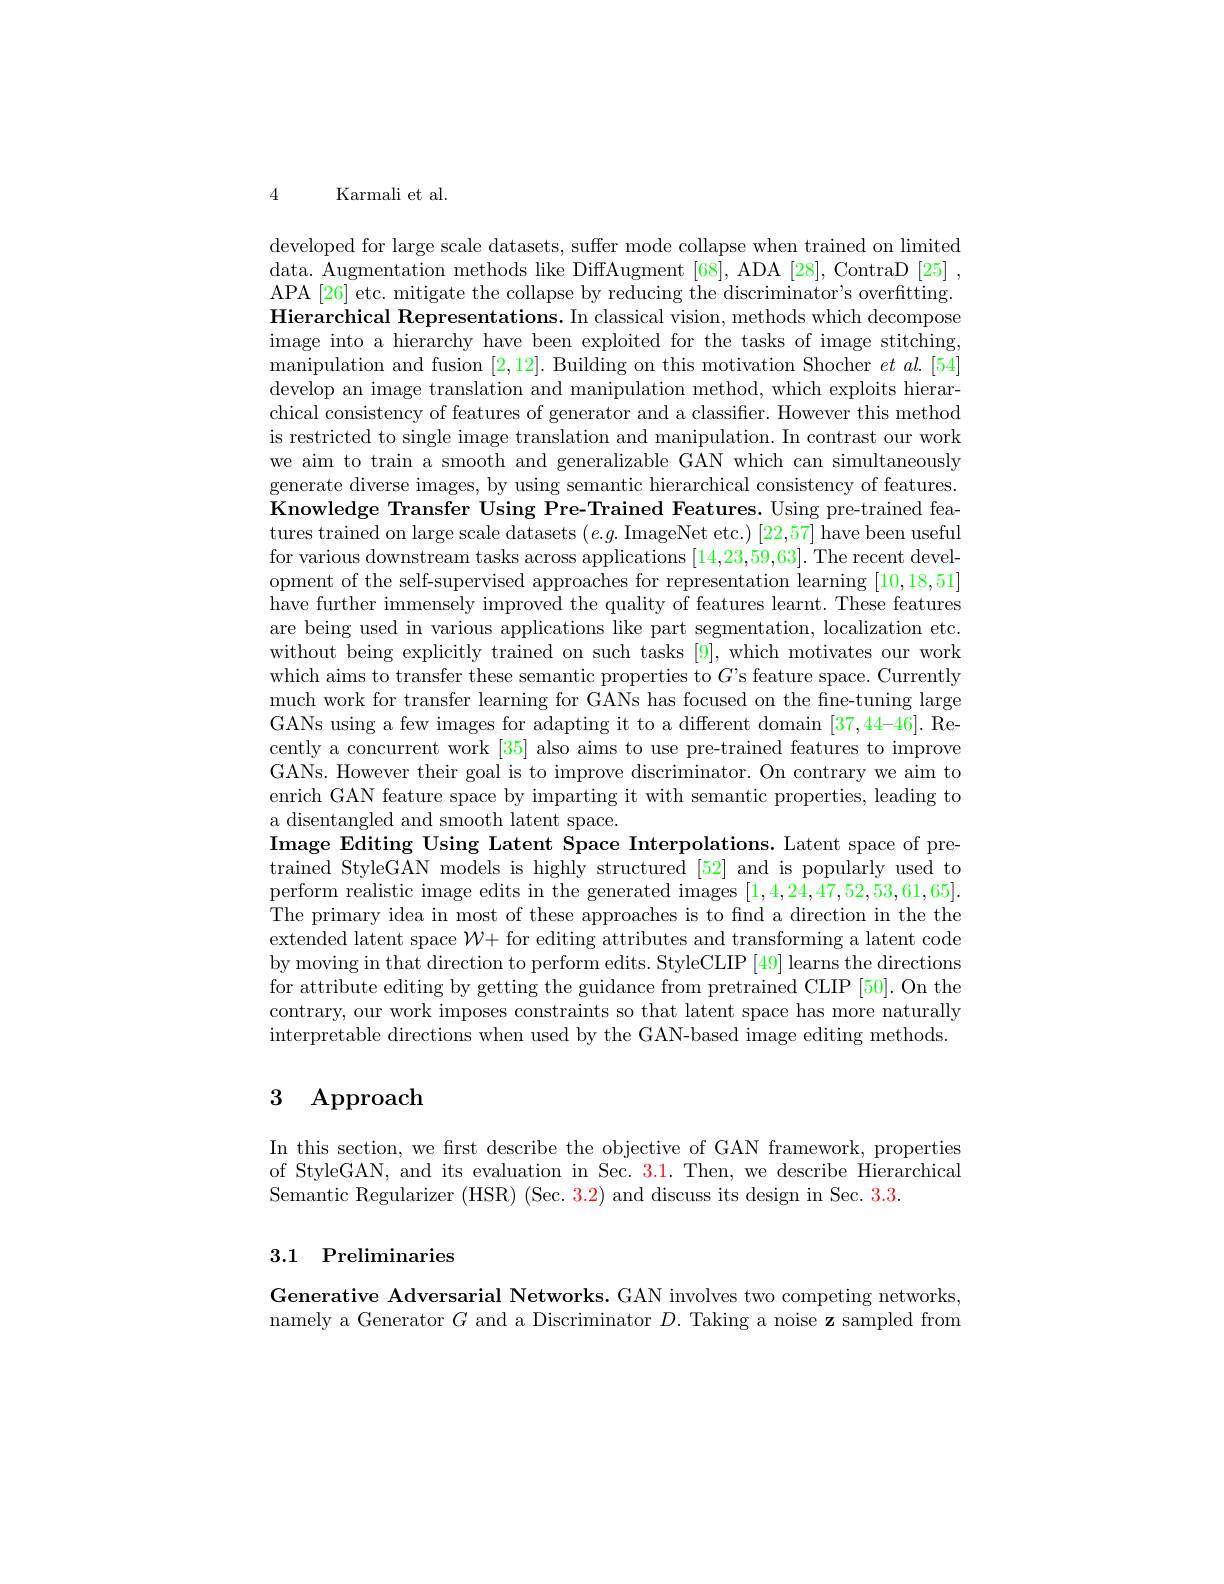
4 Karmali et al.

developed for large scale datasets, suffer mode collapse when trained on limited data. Augmentation methods like DiffAugment [68], ADA [28], ContraD [25] , APA [26] etc. mitigate the collapse by reducing the discriminator's overfitting. Hierarchical Representations. In classical vision, methods which decompose image into a hierarchy have been exploited for the tasks of image stitching, manipulation and fusion [2,12]. Building on this motivation Shocher $et\textit{al. [ 54] }$ develop an image translation and manipulation method, which exploits hierarchical consistency of features of generator and a classifier. However this method is restricted to single image translation and manipulation. In contrast our work we aim to train a smooth and generalizable GAN which can simultaneously generate diverse images, by using semantic hierarchical consistency of features. Knowledge Transfer Using Pre-Trained Features. Using pre-trained features trained on large scale datasets $(e.g.$ ImageNet etc.$)\left[22,57\right]$have been useful for various downstream tasks across applications [14,23,59,63]. The recent development of the self-supervised approaches for representation learning [10,18,51] have further immensely improved the quality of features learnt. These features are being used in various applications like part segmentation, localization etc. without being explicitly trained on such tasks [9], which motivates our work which aims to transfer these semantic properties to $G$'s feature space. Currently much work for transfer learning for GANs has focused on the fne-tuning large GANs using a few images for adapting it to a different domain [37,44-46]. Recently a concurrent work [35] also aims to use pre-trained features to improve GANs. However their goal is to improve discriminator. On contrary we aim to enrich GAN feature space by imparting it with semantic properties, leading to a disentangled and smooth latent space.
Image Editing Using Latent Space Interpolations. Latent space of pretrained StyleGAN models is highly structured [52] and is popularly used to perform realistic image edits in the generated images [1,4,24,47,52,53,61,65]. The primary idea in most of these approaches is to find a direction in the the extended latent space $\mathcal{W}+$ for editing attributes and transforming a latent code by moving in that direction to perform edits. StyleCLIP [49] learns the directions for attribute editing by getting the guidance from pretrained CLIP [50]. On the contrary, our work imposes constraints so that latent space has more naturally interpretable directions when used by the GAN-based image editing methods.

# 3 Approach

In this section, we first describe the objective of GAN framework, properties of StyleGAN, and its evaluation in Sec. 3.1. Then, we describe Hierarchical Semantic Regularizer (HSR) (Sec. 3.2) and discuss its design in Sec. 3.3.

## 3.1 Preliminaries

Generative Adversarial Networks. GAN involves two competing networks namely a Generator $G$ and a Discriminator $D.$ Taking a noise z sampled from